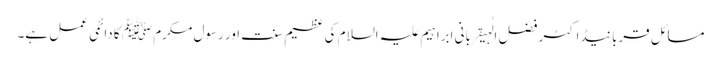
مسائل قربانیڈاکٹر فضل الٰہیقربانی ابراہیم علیہ السلام کی عظیم سنت اور رسول مکرم ﷺ کا دائمی عمل ہے۔